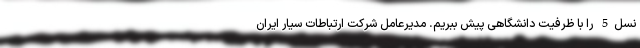
نسل5 را با ظرفیت دانشگاهی پیش ببریم. مدیرعامل شرکت ارتباطات سیار ایران